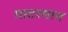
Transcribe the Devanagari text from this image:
गाटरमान